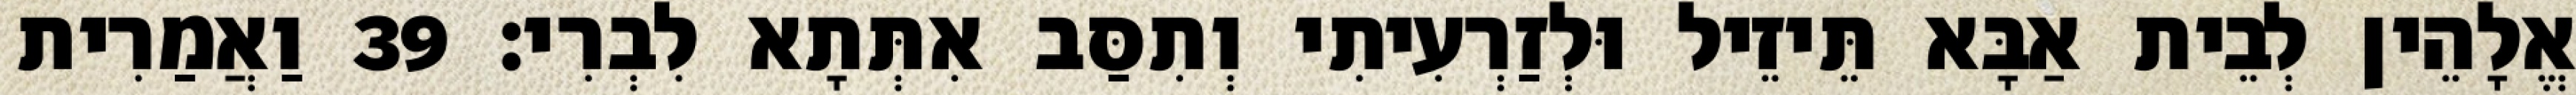
אֱלָהֵין לְבֵית אַבָּא תֵּיזֵיל וּלְזַרְעִיתִי וְתִסַּב אִתְּתָא לִבְרִי׃ 39 וַאֲמַרִית